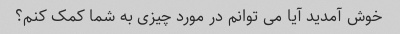
خوش آمدید آیا می توانم در مورد چیزی به شما کمک کنم؟